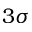
3 \sigma